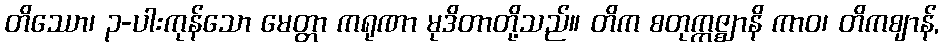
တိဿော၊ ၃-ပါးကုန်သော မေတ္တာ ကရုဏာ မုဒိတာတို့သည်။ တိက စတုက္ကဇ္ဈာနိ ကာဝ၊ တိကဈာန်,